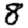
Digit: 8